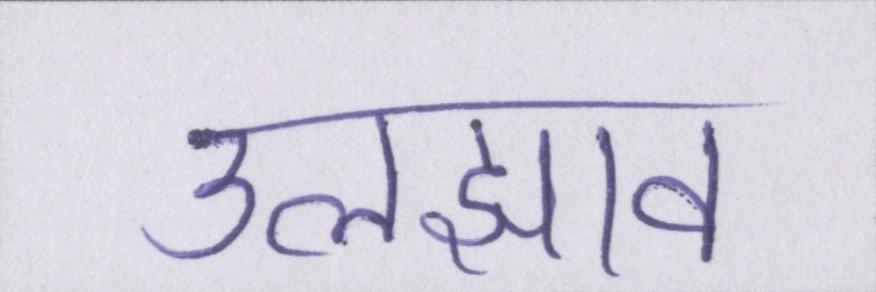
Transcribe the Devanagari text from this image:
उलझाव